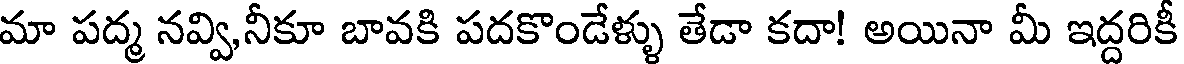
మా పద్మ నవ్వి,నీకూ బావకి పదకొండేళ్ళు తేడా కదా! అయినా మీ ఇద్దరికీ